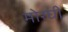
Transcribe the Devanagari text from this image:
मोरघी